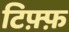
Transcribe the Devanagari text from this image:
टिफ़्फ़